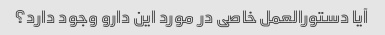
آیا دستورالعمل خاصی در مورد این دارو وجود دارد؟